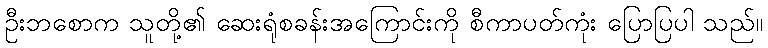
ဦးဘစောက သူတို့၏ ဆေးရုံစခန်းအကြောင်းကို စီကာပတ်ကုံး ပြောပြပါ သည်။